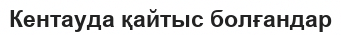
Кентауда қайтыс болғандар